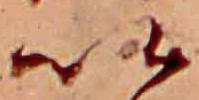
い